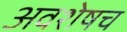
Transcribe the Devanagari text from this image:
अवशेषच